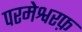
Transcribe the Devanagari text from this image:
परमेश्वरफ़